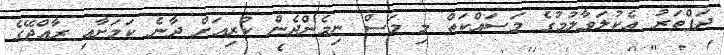
ދަފްތަރު އެކުލަވާލުމުގެ މަސައްކަތް މި މަސް ނިމެންދެން ކުރިއަށް ދާނެ ކަމަށާއި ރާއްޖޭގެ